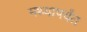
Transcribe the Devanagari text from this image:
मथ्यापर्यंत